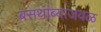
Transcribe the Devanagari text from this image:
बसथांब्याजवळ